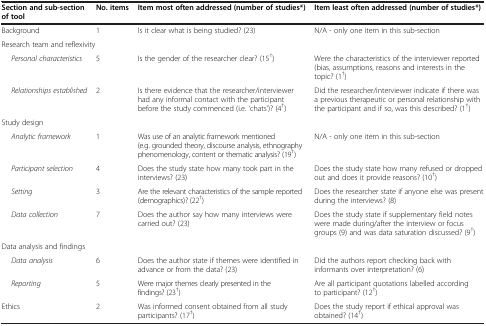
| Section and sub-section of tool | No. items | Item most often addressed (number of studies*) | Item least often addressed (number of studies*) |
 | --- | --- | --- | --- |
 | Background | 1 | Is it clear what is being studied? (23) | N/A - only one item in this sub-section |
 | <COLSPAN=4> Research team and reflexivity |
 | Personal characteristics | 5 | Is the gender of the researcher clear? (15†) | Were the characteristics of the interviewer reported (bias, assumptions, reasons and interests in the topic? (1†) |
 | Relationships established | 2 | Is there evidence that the researcher/interviewer had any informal contact with the participant before the study commenced (i.e. ‘chats’)? (4†) | Did the researcher/interviewer indicate if there was a previous therapeutic or personal relationship with the participant and if so, was this described? (1†) |
 | <COLSPAN=4> Study design |
 | Analytic framework | 1 | Was use of an analytic framework mentioned (e.g. grounded theory, discourse analysis, ethnography phenomenology, content or thematic analysis? (19†) | N/A - only one item in this sub-section |
 | Participant selection | 4 | Does the study state how many took part in the interviews? (23) | Does the study state how many refused or dropped out and does it provide reasons? (10†) |
 | Setting | 3 | Are the relevant characteristics of the sample reported (demographics)? (22†) | Does the researcher state if anyone else was present during the interviews? (8) |
 | Data collection | 7 | Does the author say how many interviews were carried out? (23) | Does the study state if supplementary field notes were made during/after the interview or focus groups (9) and was data saturation discussed? (9†) |
 | <COLSPAN=4> Data analysis and findings |
 | Data analysis | 6 | Does the author state if themes were identified in advance or from the data? (23) | Did the authors report checking back with informants over interpretation? (6) |
 | Reporting | 5 | Were major themes clearly presented in the findings? (23†) | Are all participant quotations labelled according to participant? (12†) |
 | Ethics | 2 | Was informed consent obtained from all study participants? (17†) | Does the study report if ethical approval was obtained? (14†) |